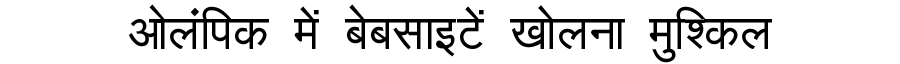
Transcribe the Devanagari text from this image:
ओलंपिक में बेबसाइटें खोलना मुश्किल